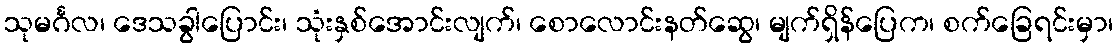
သုမင်္ဂလ၊ ဒေသခွါပြောင်း၊ သုံးနှစ်အောင်းလျက်၊ စောလောင်းနတ်ဆွေ၊ မျက်ရှိန်ပြေက၊ စက်ခြေရင်းမှာ၊